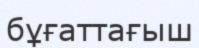
бұғаттағыш